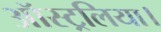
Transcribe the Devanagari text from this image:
ऑस्ट्रलिया।